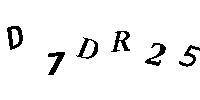
D7DR25